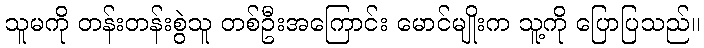
သူမကို တန်းတန်းစွဲသူ တစ်ဦးအကြောင်း မောင်မျိုးက သူ့ကို ပြောပြသည်။